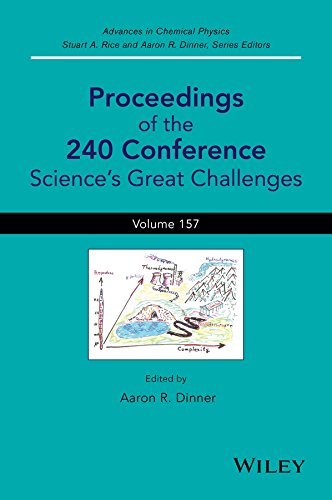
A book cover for Advances in Chemical Physics, Proceedings of the 240 Conference: Science's Great Challenges (Volume 157); Science & Math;